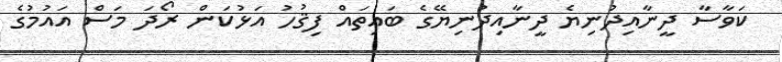
ކަވާސާ ދީނާއިދުނިޔެ ދީނާއިދުނިޔޭގެ ބައިތައް ފިޤުހު އަޅުކަން ރޯދަ މަސް އައުމުގެ